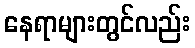
နေရာများတွင်လည်း